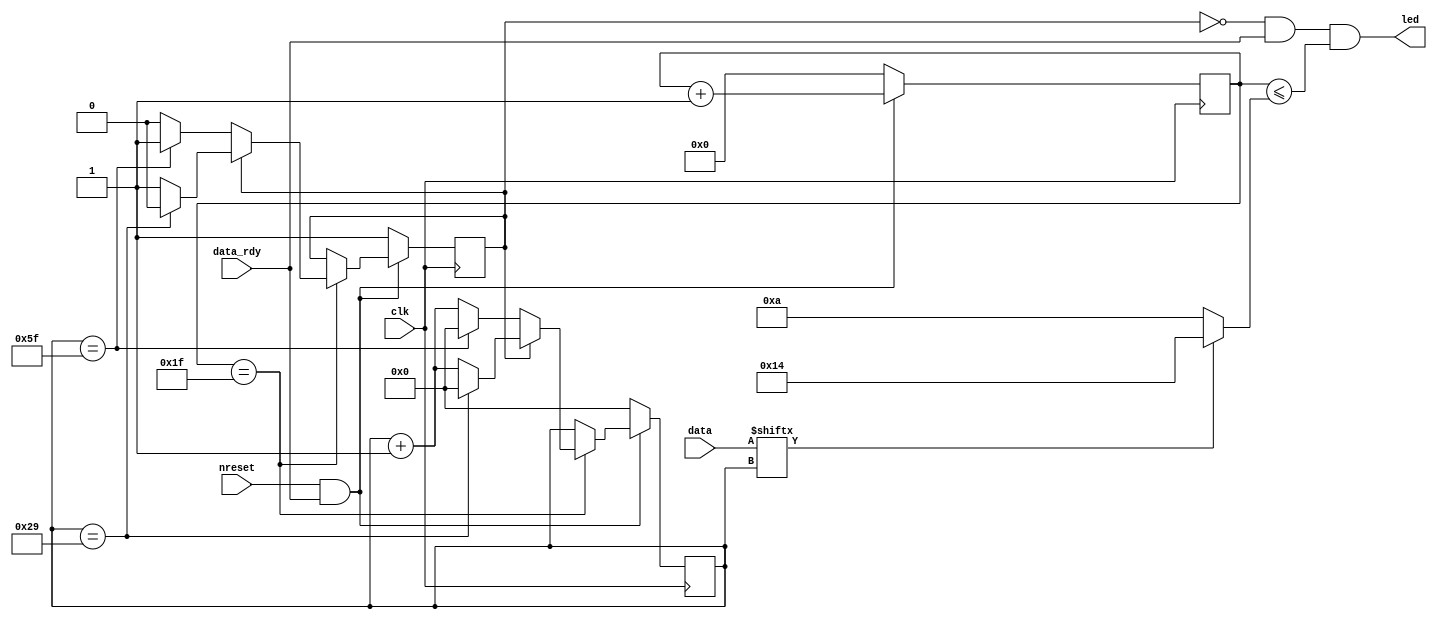
// Copyright 2023 Andreas Scharnreitner
//
// Licensed under the Apache License, Version 2.0 (the "License");
// you may not use this file except in compliance with the License.
// You may obtain a copy of the License at
//
// http://www.apache.org/licenses/LICENSE-2.0
//
// Unless required by applicable law or agreed to in writing, software
// distributed under the License is distributed on an "AS IS" BASIS,
// WITHOUT WARRANTIES OR CONDITIONS OF ANY KIND, either express or implied.
// See the License for the specific language governing permissions and
// limitations under the License.

module tt_um_rgbled #(parameter LEDS = 4, parameter BITS_PER_LED = 24)(
    output wire                             led,
    input wire [(LEDS*BITS_PER_LED)-1 : 0]  data,
    input wire                              clk,
    input wire                              data_rdy,
    input wire                              nreset
);

    reg [$clog2(LEDS*BITS_PER_LED) - 1 : 0] bit_cnt;
    reg [4 : 0] timer_cnt;
    reg do_res;
    wire [4 : 0] cmp;

    always @(posedge clk) begin
        if (nreset & data_rdy) begin
            timer_cnt <= timer_cnt + 1'b1;
            if (timer_cnt == 31) begin
                bit_cnt <= bit_cnt + 1'b1;
                if (do_res) begin
                    if(bit_cnt == 41) begin
                        bit_cnt <= {$clog2(LEDS*BITS_PER_LED){1'b0}};
                        do_res <= 1'b0;
                    end
                end
                else begin
                    if(bit_cnt == (LEDS*BITS_PER_LED)-1) begin
                        bit_cnt <= {$clog2(LEDS*BITS_PER_LED){1'b0}};
                        do_res <= 1'b1;
                    end
                end
            end
        end
        else begin
            bit_cnt <= {$clog2(LEDS*BITS_PER_LED){1'b0}};
            do_res <= 1'b1;
            timer_cnt <= 5'b0;
        end
    end

    assign cmp = data[bit_cnt] ? 20 : 10;

    assign led = (!do_res) & (data_rdy) & (timer_cnt <= cmp);

endmodule